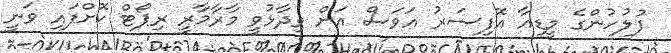
ފުލުހުންގެ މީޑިއާ އޮފިސަރު އަވަސް އަށް ވިދާޅުވީ މާރާމާރީ ރިޕޯޓް ކޮށްފައި ވަނީ